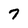
Character: 7